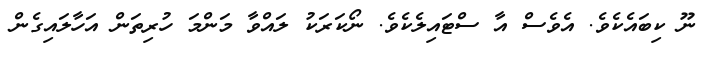
ނޫ ކިބައެކެވެ. އެވެސް އާ ސްޓައިލެކެވެ. ނޯކަރަކު ލައްވާ މަންމަ ހުރިތަން އަހާލައިގެން